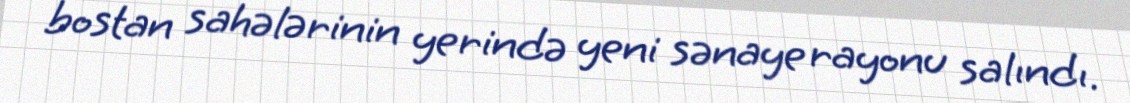
bostan sahələrinin yerində yeni sənaye rayonu salındı.